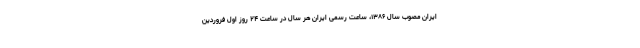
ایران مصوب سال ۱۳۸۶، ساعت رسمی ایران هر سال در ساعت ۲۴ روز اول فروردین